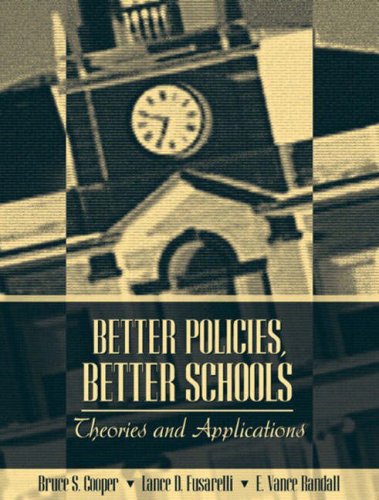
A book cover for Better Policies, Better Schools: Theories and Applications; Bruce S. Cooper; Law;